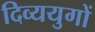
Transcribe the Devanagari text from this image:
दिव्ययुगों